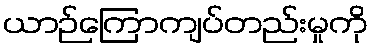
ယာဉ်ကြောကျပ်တည်းမှုကို